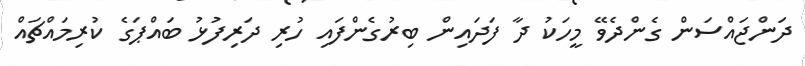
ދަންޖައްސަން ގެންދެވޭ މީހަކު ދާ ފަދައިން ބިރުގެންފައި ހުރި ދަރިފުޅު ބައްޕަގެ ކުރިމައްޗައް